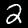
Digit: 2